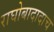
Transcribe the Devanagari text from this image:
राघोबादादाच